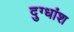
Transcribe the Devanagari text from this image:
दुग्धांश